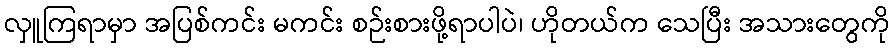
လှူကြရာမှာ အပြစ်ကင်း မကင်း စဉ်းစားဖို့ရာပါပဲ၊ ဟိုတယ်က သေပြီး အသားတွေကို